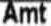
AMT